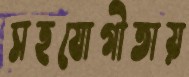
সহযোগীতায়